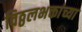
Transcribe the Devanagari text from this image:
विठ्ठलभक्तांच्या